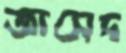
জাসেদ